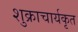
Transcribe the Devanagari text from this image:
शुक्राचार्यकृत